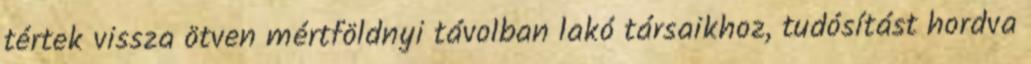
tértek vissza ötven mértföldnyi távolban lakó társaikhoz, tudósítást hordva